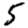
Digit: 5